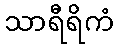
သာရီရိကံ